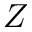
Z